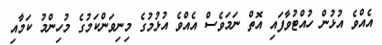
އެއްވެ އުޅުން ހުއްޓުވާފައި އޮތް ނަމަވެސް އެއްވެ އުޅުމުގެ މިނިވަންކަމުގެ މުހިންމު ކަމާއި